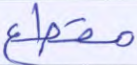
مقطع